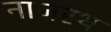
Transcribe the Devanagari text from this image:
नाजरथ